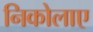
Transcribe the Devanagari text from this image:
निकोलाए